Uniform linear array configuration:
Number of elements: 32
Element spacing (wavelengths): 0.5
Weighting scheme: cosine
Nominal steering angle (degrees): -30
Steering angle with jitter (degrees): -28.155
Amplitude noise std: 0.05
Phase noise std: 0.05

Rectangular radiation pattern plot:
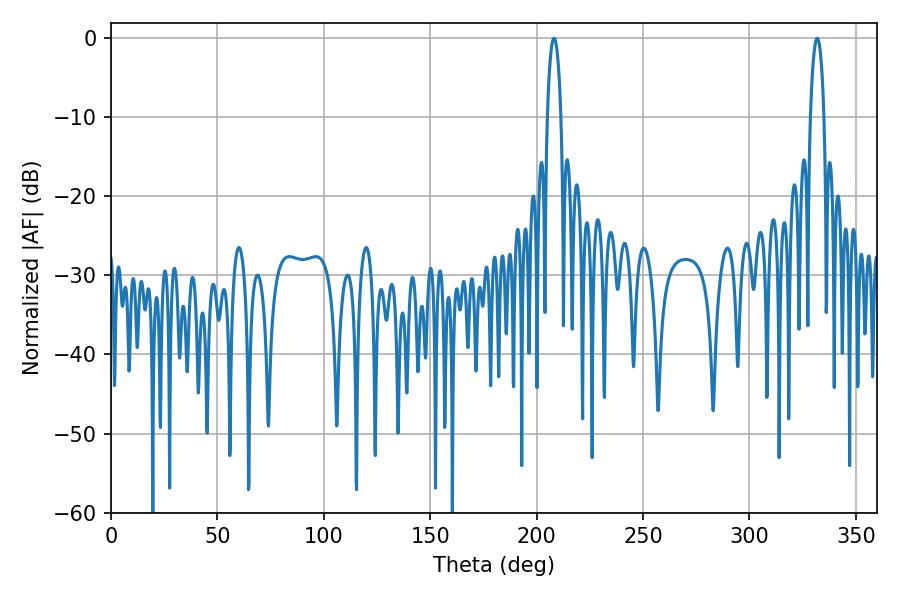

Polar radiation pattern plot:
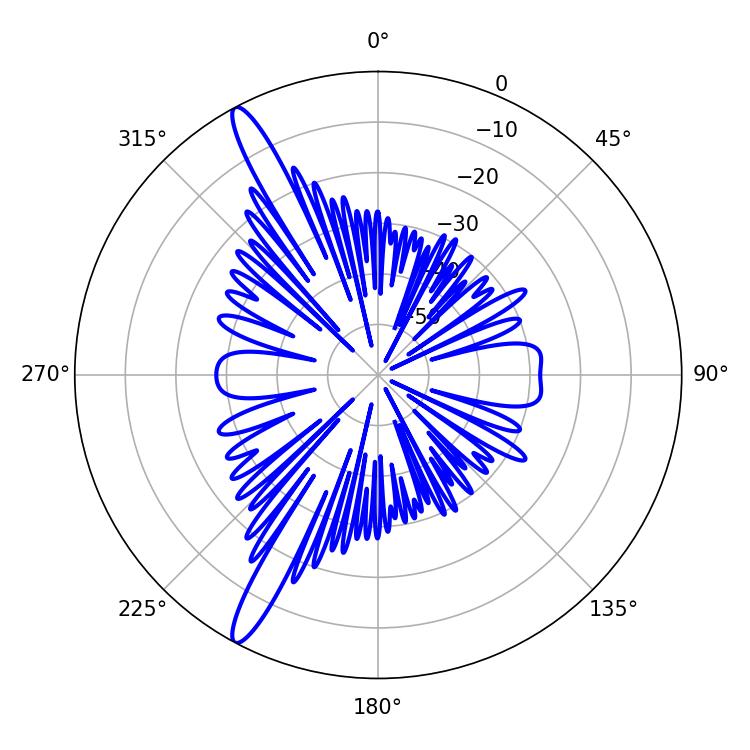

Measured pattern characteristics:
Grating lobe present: FALSE
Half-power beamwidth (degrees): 3.6
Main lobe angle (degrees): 208.08